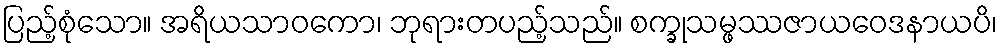
ပြည့်စုံသော။ အရိယသာဝကော၊ ဘုရားတပည့်သည်။ စက္ခုသမ္ဖဿဇာယဝေဒနာယပိ၊